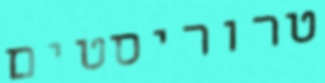
טרוריסטים